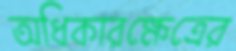
অধিকারক্ষেত্রের